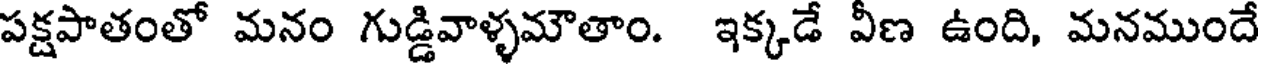
పక్షపాతంతో మనం గుడ్డివాళ్ళమౌతాం. ఇక్కడే వీణ ఉంది, మనముందే